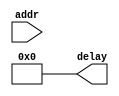
module init_delay_rom(addr,delay);
	parameter INIT_LIST_LENGTH = 1;
	parameter MAX_DELAY_COUNT = 1000000;	
	input wire [$clog2(INIT_LIST_LENGTH) - 1:0] addr;
	output reg [$clog2(MAX_DELAY_COUNT) - 1:0] delay;
	
	
	always @(*)
		begin
			case(addr)
				`ifdef COCOTB_SIM
				'd9 : delay = 'd5;			//Delay after 9th SPI transaction
				'd44 : delay = 'd50;		//Delay after 44th SPI transaction	
				`else
				'd9 : delay = 'd200000;		//Delay after 9th SPI transaction
				'd44 : delay = 'd2000000;	//Delay after 44th SPI transaction	
				`endif				
				default: delay = 'd0;
			endcase
		end
	
endmodule


module init_rom (addr, data);
	parameter INIT_LIST_LENGTH = 1;
	input wire [$clog2(INIT_LIST_LENGTH) - 1:0] addr;
	output reg [8:0] data;
	
	
	always @(*)
		begin
			case(addr)
				'd0 : data = {1'b0,8'hCB}; //0 for command, 1 for data
				'd1 : data = {1'b1,8'h39};
				'd2 : data = {1'b1,8'h2C};
				'd3 : data = {1'b1,8'h00};
				'd4 : data = {1'b1,8'h34};
				'd5 : data = {1'b1,8'h02};
				
				'd6 : data = {1'b0,8'hCF};
				'd7 : data = {1'b1,8'h00};
				'd8 : data = {1'b1,8'hC1};
				'd9 : data = {1'b1,8'h30};
				
				'd10 : data = {1'b0,8'hE8};
				'd11 : data = {1'b1,8'h85};
				'd12 : data = {1'b1,8'h00};
				'd13 : data = {1'b1,8'h78};
				
				'd14 : data = {1'b0,8'hEA};
				'd15 : data = {1'b1,8'h00};
				'd16 : data = {1'b1,8'h00};
				
				'd17 : data = {1'b0,8'hED};
				'd18 : data = {1'b1,8'h64};
				'd19 : data = {1'b1,8'h03};
				'd20 : data = {1'b1,8'h12};
				'd21 : data = {1'b1,8'h81};
				
				'd22 : data = {1'b0,8'hF7};
				'd23 : data = {1'b1,8'h20};
				
				'd24 : data = {1'b0,8'hC0};//Power control
				'd25 : data = {1'b1,8'h23};//VRH[5:0]
				
				'd26 : data = {1'b0,8'hC1};//Power control 
				'd27 : data = {1'b1,8'h10};//SAP[2:0];BT[3:0] 
				
				'd28 : data = {1'b0,8'hC5};//VCM control
				'd29 : data = {1'b1,8'h3E};//Contrast
				'd30 : data = {1'b1,8'h28};
				
				'd31 : data = {1'b0,8'hC7};//VCM control2
				'd32 : data = {1'b1,8'h86};
				
				'd33 : data = {1'b0,8'h36};// Memory Access Control
				'd34 : data = {1'b1,8'h08};//BGR565 Horizontal orientation
				
				'd35 : data = {1'b0,8'h3A};
				'd36 : data = {1'b1,8'h55};	

				'd37 : data = {1'b0,8'hB1};	
				'd38 : data = {1'b1,8'h00};	
				'd39 : data = {1'b1,8'h18};

				'd40 : data = {1'b0,8'hB6};// Display Function Control 
				'd41 : data = {1'b1,8'h08};
				'd42 : data = {1'b1,8'h82};
				'd43 : data = {1'b1,8'h27};
				
				'd44 : data = {1'b0,8'h11};//Exit Sleep
				
				
				'd45 : data = {1'b0,8'h29};//Display On
				'd46 : data = {1'b0,8'h2c};
				
				default: data <= {1'b1,8'h00};
			endcase
		end
	
	
endmodule